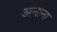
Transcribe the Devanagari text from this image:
अनाना